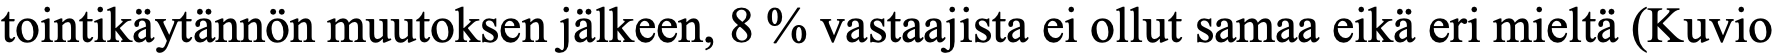
tointikäytännön muutoksen jälkeen, 8 % vastaajista ei ollut samaa eikä eri mieltä (Kuvio